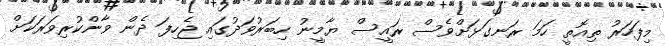
މިފަހަރު ތިއޮތީ ހަމަ ރަނގަޅަށްވެސް ރައީސް ޔާމީނު ހިބަރުވަދުގައި ޖެހިފަ ދެން ވާންކުރިވަރަކަށް